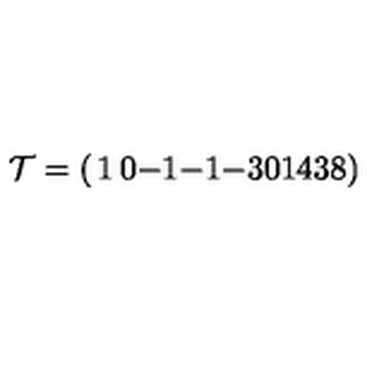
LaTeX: { \cal T } = \left( \begin{matrix} { 1 } & { 0 } & { - 1 } & { - 1 } & { - 3 } \\ { 0 } & { 1 } & { 4 } & { 3 } & { 8 } \\ \end{matrix} \right)